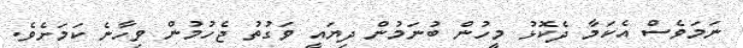
ނަމަވެސް އެކަމާ ދެކޮޅު މީހުން ބުނަމުން ދިޔައީ ވަގުތު ޖެހުމުން ވިހާނެ ކަމަށެވެ.